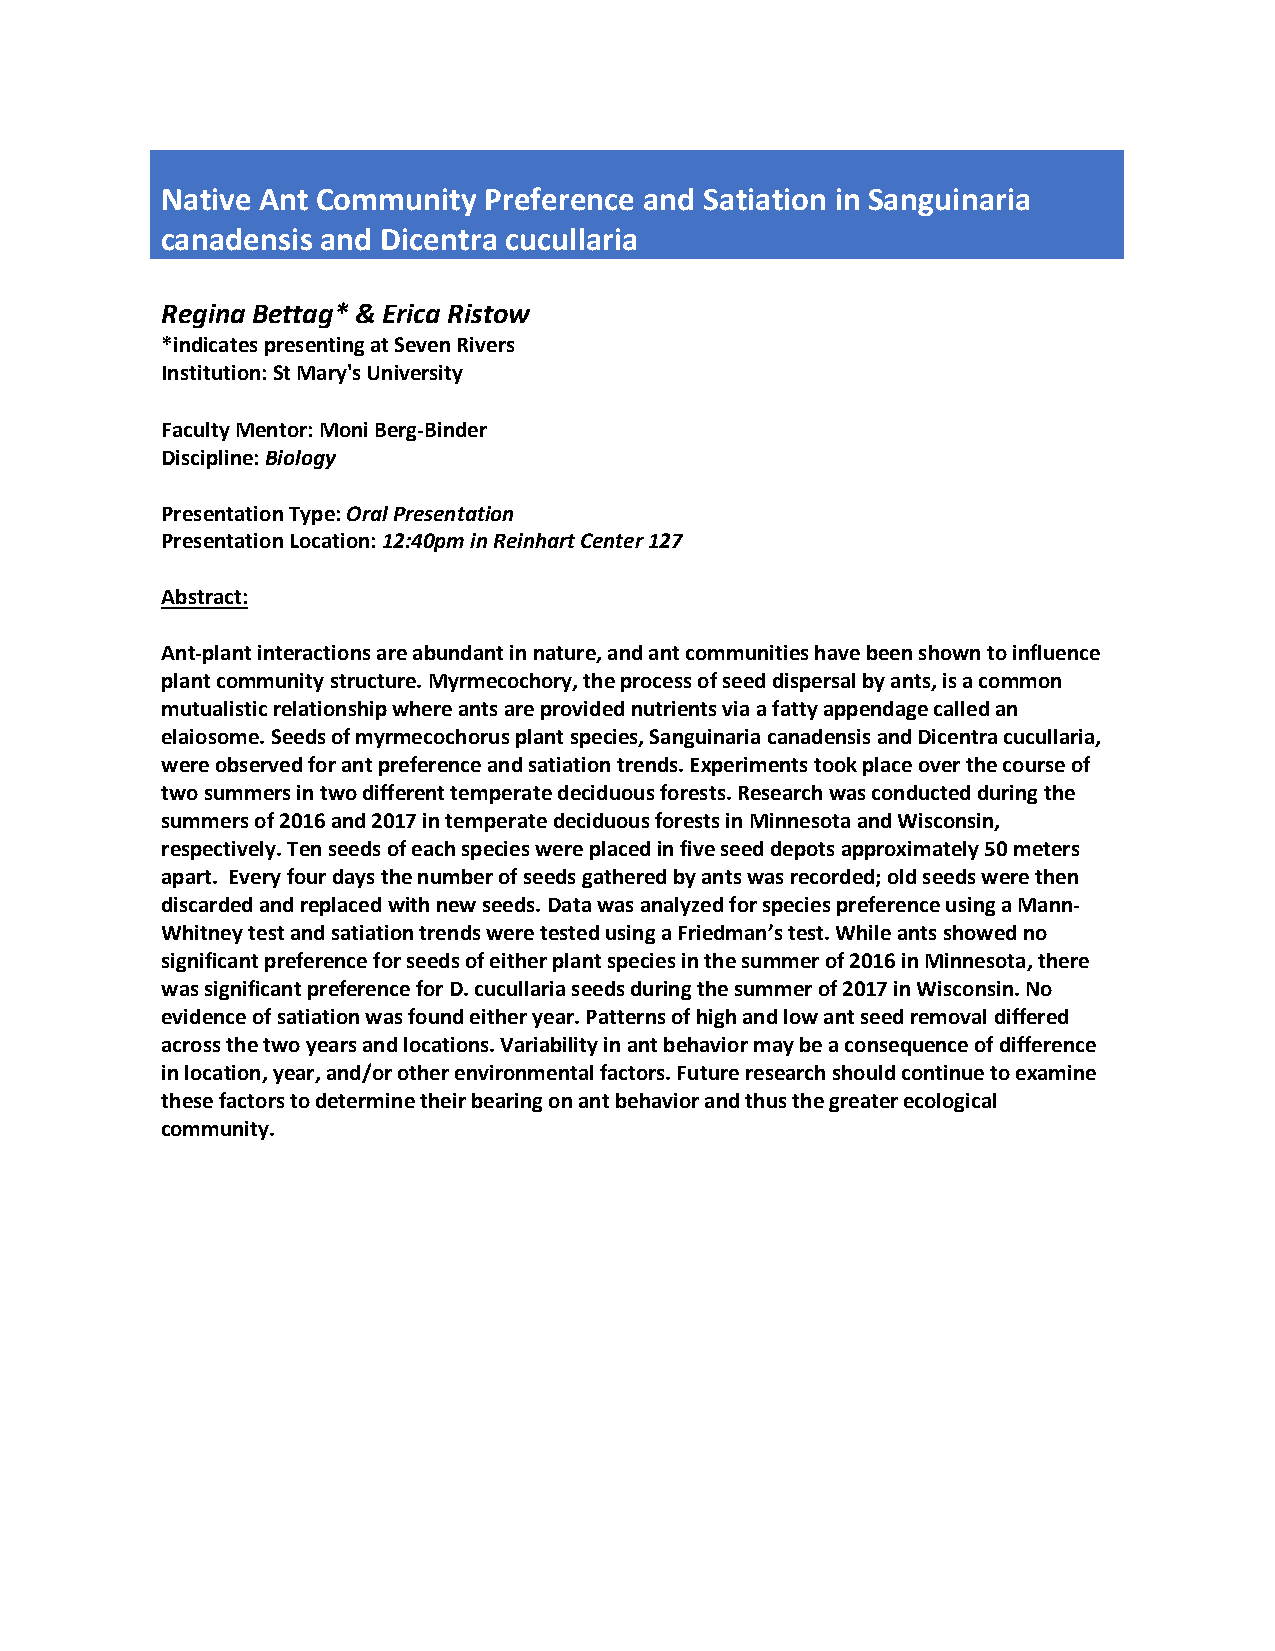
Native Ant Community Preference and Satiation in Sanguinaria
 canadensis and Dicentra cucullaria
 Regina Bettag* & Erica Ristow
 *indicates presenting at Seven Rivers
 Institution: St Mary's University
 Faculty Mentor: Moni Berg-Binder
 Discipline: Biology
 Presentation Type: Oral Presentation
 Presentation Location: 12:40pm in Reinhart Center 127
 Abstract:
 Ant-plant interactions are abundant in nature, and ant communities have been shown to influence
 plant community structure. Myrmecochory, the process of seed dispersal by ants, is a common
 mutualistic relationship where ants are provided nutrients via a fatty appendage called an
 elaiosome. Seeds of myrmecochorus plant species, Sanguinaria canadensis and Dicentra cucullaria,
 were observed for ant preference and satiation trends. Experiments took place over the course of
 two summers in two different temperate deciduous forests. Research was conducted during the
 summers of 2016 and 2017 in temperate deciduous forests in Minnesota and Wisconsin,
 respectively. Ten seeds of each species were placed in five seed depots approximately 50 meters
 apart. Every four days the number of seeds gathered by ants was recorded; old seeds were then
 discarded and replaced with new seeds. Data was analyzed for species preference using a Mann-
 Whitney test and satiation trends were tested using a Friedman’s test. While ants showed no
 significant preference for seeds of either plant species in the summer of 2016 in Minnesota, there
 was significant preference for D. cucullaria seeds during the summer of 2017 in Wisconsin. No
 evidence of satiation was found either year. Patterns of high and low ant seed removal differed
 across the two years and locations. Variability in ant behavior may be a consequence of difference
 in location, year, and/or other environmental factors. Future research should continue to examine
 these factors to determine their bearing on ant behavior and thus the greater ecological
 community.